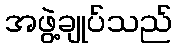
အဖွဲ့ချုပ်သည်